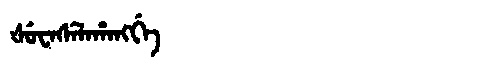
Manchu: ᡧᡠᠸᠠᠰᡝᠯᠠᡥᠠᠩᡤᡝ
Romanization: ŠUWASELAHANGGE